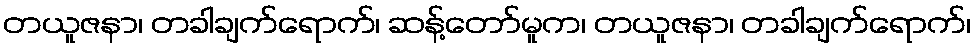
တယူဇနာ၊ တခါချက်ရောက်၊ ဆန့်တော်မူက၊ တယူဇနာ၊ တခါချက်ရောက်၊